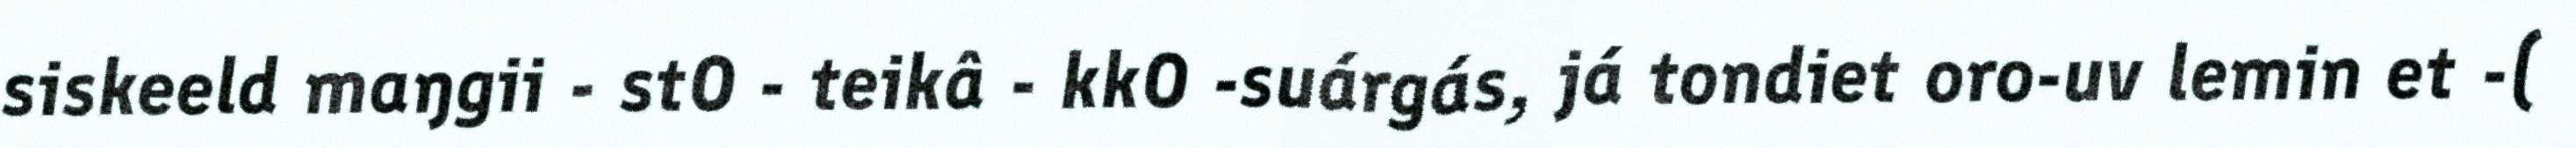
siskeeld maŋgii - stO - teikâ - kkO -suárgás, já tondiet oro-uv lemin et -(